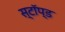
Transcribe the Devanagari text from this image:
स्टॉप्ड